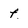
Character: f